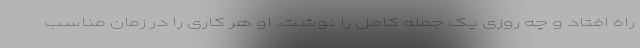
راه افتاد و چه روزی یک جمله کامل را نوشت. او هر کاری را در زمان مناسب